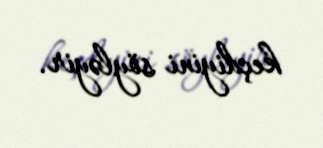
keçdiyini söyləyir.